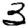
Digit: 3